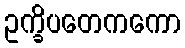
ဥက္ခိပတေကကော